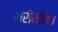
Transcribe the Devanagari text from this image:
भरीमभिः।